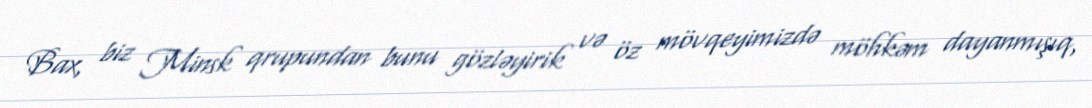
Bax, biz Minsk qrupundan bunu gözləyirik və öz mövqeyimizdə möhkəm dayanmışıq,